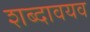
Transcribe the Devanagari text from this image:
शब्दावयव